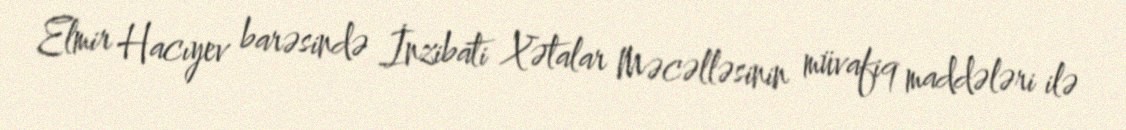
Elmir Hacıyev barəsində İnzibati Xətalar Məcəlləsinin müvafiq maddələri ilə